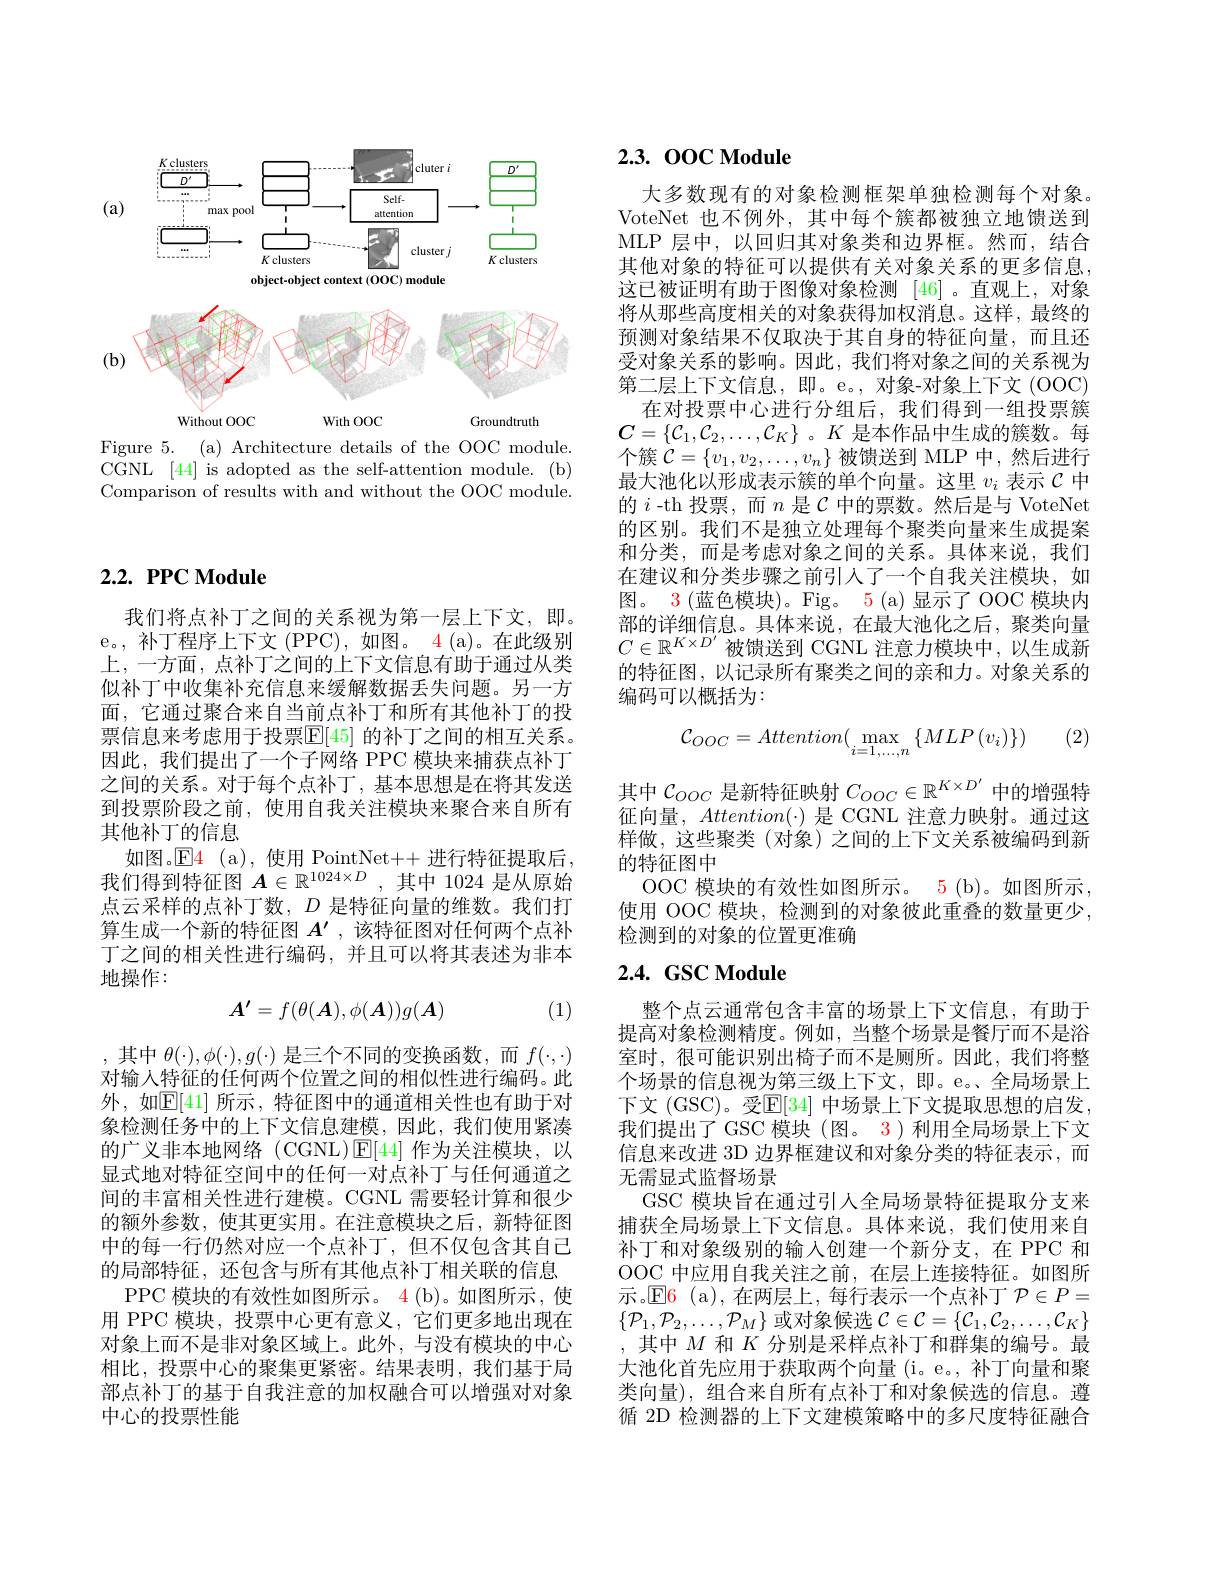
<FigureHere>

Figure 5. (a) Architecture details of the OOC module.

CGNL [44] is adopted as the self-attention module. (b) Comparison of results with and without the OOC module.

# $2. 2. \textbf{ PPC Module}$

我们将点补丁之间的关系视为第一层上下文，即。e。, 补丁程序上下文 (PPC), 如图。4 (a)。在此级别上，一方面，点补丁之间的上下文信息有助于通过从类似补丁中收集补充信息来缓解数据丢失问题。另一方面，它通过聚合来自当前点补丁和所有其他补丁的投票信息来考虑用于投票$\mathbb{E}[45]$ 的补丁之间的相互关系。因此，我们提出了一个子网络 PPC 模块来捕获点补丁之间的关系。对于每个点补丁，基本思想是在将其发送到投票阶段之前，使用自我关注模块来聚合来自所有其他补丁的信息
如图。$\mathsf{E} \color{red} {4}\:\mathrm{( a) , ~}$使用 PointNet++ 进行特征提取后， 我们得到特征图$A\in\mathbb{R}^{1024\times D}$,其中 1024 是从原始点云采样的点补丁数，$D$是特征向量的维数。我们打算生成一个新的特征图$A^\prime$,该特征图对任何两个点补丁之间的相关性进行编码，并且可以将其表述为非本地操作：

(1)
$$A'=f(\theta(A),\phi(A))g(A)$$
,其中$\theta(\cdot),\phi(\cdot),g(\cdot)$是三个不同的变换函数，而$f(\cdot,\cdot)$ 对输入特征的任何两个位置之间的相似性进行编码。此外，如$\mathbb{E}[41]$ 所示，特征图中的通道相关性也有助于对象检测任务中的上下文信息建模，因此，我们使用紧凑的广义非本地网络(CGNL)$\operatorname{E}[44]$作为关注模块，以显式地对特征空间中的任何一对点补丁与任何通道之间的丰富相关性进行建模。CGNL 需要轻计算和很少的额外参数，使其更实用。在注意模块之后，新特征图中的每一行仍然对应一个点补丁，但不仅包含其自己的局部特征，还包含与所有其他点补丁相关联的信息
PPC 模块的有效性如图所示。4 (b)。如图所示，使用 PPC 模块，投票中心更有意义，它们更多地出现在对象上而不是非对象区域上。此外，与没有模块的中心相比，投票中心的聚集更紧密。结果表明，我们基于局部点补丁的基于自我注意的加权融合可以增强对对象中心的投票性能

## 2.3. 00C Module

大多数现有的对象检测框架单独检测每个对象。VoteNet 也不例外，其中每个簇都被独立地馈送到MLP 层中，以回归其对象类和边界框。然而，结合其他对象的特征可以提供有关对象关系的更多信息， 这已被证明有助于图像对象检测 [46]。直观上，对象将从那些高度相关的对象获得加权消息。这样，最终的预测对象结果不仅取决于其自身的特征向量，而且还受对象关系的影响。因此，我们将对象之间的关系视为第二层上下文信息，即。e。,对象-对象上下文 (OOC)
在对投票中心进行分组后，我们得到一组投票簇$C=\{\mathcal{C}_1,\mathcal{C}_2,\ldots,\mathcal{C}_K\}$ 。$K$是本作品中生成的簇数。每个簇$\mathcal{C}=\{v_1,v_2,\ldots,v_n\}$被馈送到 MLP 中，然后进行最大池化以形成表示簇的单个向量。这里$v_i$表示$\mathcal{C}$中的$i$ -th 投票，而$n$是$\mathcal{C}$中的票数。然后是与 VoteNet 的区别。我们不是独立处理每个聚类向量来生成提案和分类，而是考虑对象之间的关系。具体来说，我们在建议和分类步骤之前引人了一个自我关注模块，如图。3(蓝色模块)。Fig。5(a)显示了 OOC 模块内部的详细信息。具体来说，在最大池化之后，聚类向量$C\in\mathbb{R}^{K\times D^{\prime}}$被馈送到 CGNL 注意力模块中，以生成新的特征图，以记录所有聚类之间的亲和力。对象关系的编码可以概括为：
(2)
$$\mathcal{C}_{OOC}=Attention(\max_{i=1,\dots,n}\left\{MLP\left(v_{i}\right)\right\})$$
其中$\mathcal{C}_{OOC}$是新特征映射$C_{OOC}\in\mathbb{R}^{K\times D^{\prime}}$中的增强特征向量，$Attention(\cdot)$是 CGNL 注意力映射。通过这样做，这些聚类 (对象) 之间的上下文关系被编码到新的特征图中
OOC 模块的有效性如图所示。5 (b)。如图所示， 使用 OOC 模块，检测到的对象彼此重叠的数量更少， 检测到的对象的位置更准确

# 2.4. GSC Module

整个点云通常包含丰富的场景上下文信息，有助于提高对象检测精度。例如，当整个场景是餐厅而不是浴室时，很可能识别出椅子而不是厕所。因此，我们将整个场景的信息视为第三级上下文，即。e。全局场景上下文 (GSC)。受E[34] 中场景上下文提取思想的启发， 我们提出了 GSC 模块 (图。3) 利用全局场景上下文信息来改进 3D 边界框建议和对象分类的特征表示 ,而无需显式监督场景
GSC 模块旨在通过引人全局场景特征提取分支来捕获全局场景上下文信息。具体来说，我们使用来自补丁和对象级别的输入创建一个新分支，在 PPC 和OOC 中应用自我关注之前，在层上连接特征。如图所示。$\mathsf{E}$6(a),在两层上，每行表示一个点补丁$\mathcal{P}\in P=$ $\{\mathcal{P}_1,\mathcal{P}_2,\ldots,\mathcal{P}_M\}$或对象候选$\mathcal{C}\in\mathcal{C}=\{\mathcal{C}_1,\mathcal{C}_2,\ldots,\mathcal{C}_K\}$ ,其中$M$和$K$分别是采样点补丁和群集的编号。最大池化首先应用于获取两个向量(i。e。, 补丁向量和聚类向量), 组合来自所有点补丁和对象候选的信息。遵循 2D 检测器的上下文建模策略中的多尺度特征融合